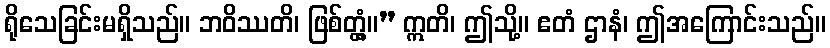
ရိုသေခြင်းမရှိသည်။ ဘဝိဿတိ၊ ဖြစ်တ္တံ့။” ဣတိ၊ ဤသို့။ ဧတံ ဌာနံ၊ ဤအကြောင်းသည်။